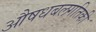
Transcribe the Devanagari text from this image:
औषधबलगतिकी